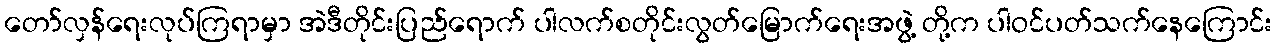
တော်လှန်ရေးလုပ်ကြရာမှာ အဲဒီတိုင်းပြည်ရောက် ပါလက်စတိုင်းလွတ်မြောက်ရေးအဖွဲ့ တို့က ပါဝင်ပတ်သက်နေကြောင်း